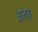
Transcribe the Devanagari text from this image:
अतह